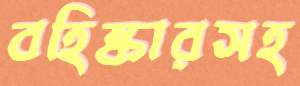
বহিষ্কারসহ